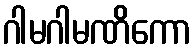
ဂါမဂါမဏိကော